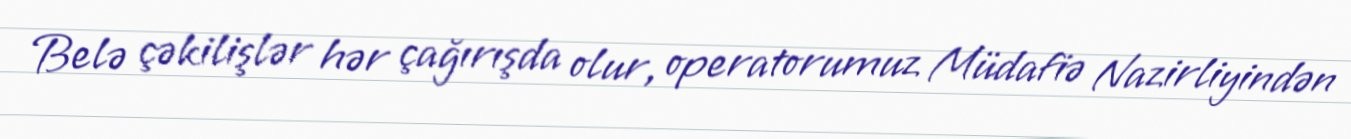
Belə çəkilişlər hər çağırışda olur, operatorumuz Müdafiə Nazirliyindən